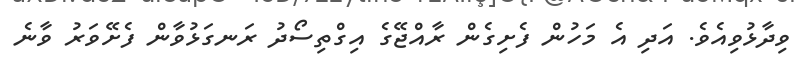
ވިދާޅުވިއެވެ. އަދި އެ މަހުން ފެށިގެން ރާއްޖޭގެ އިގްތިސޯދު ރަނގަޅުވާން ފެށޭވަރު ވާނެ